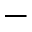
-